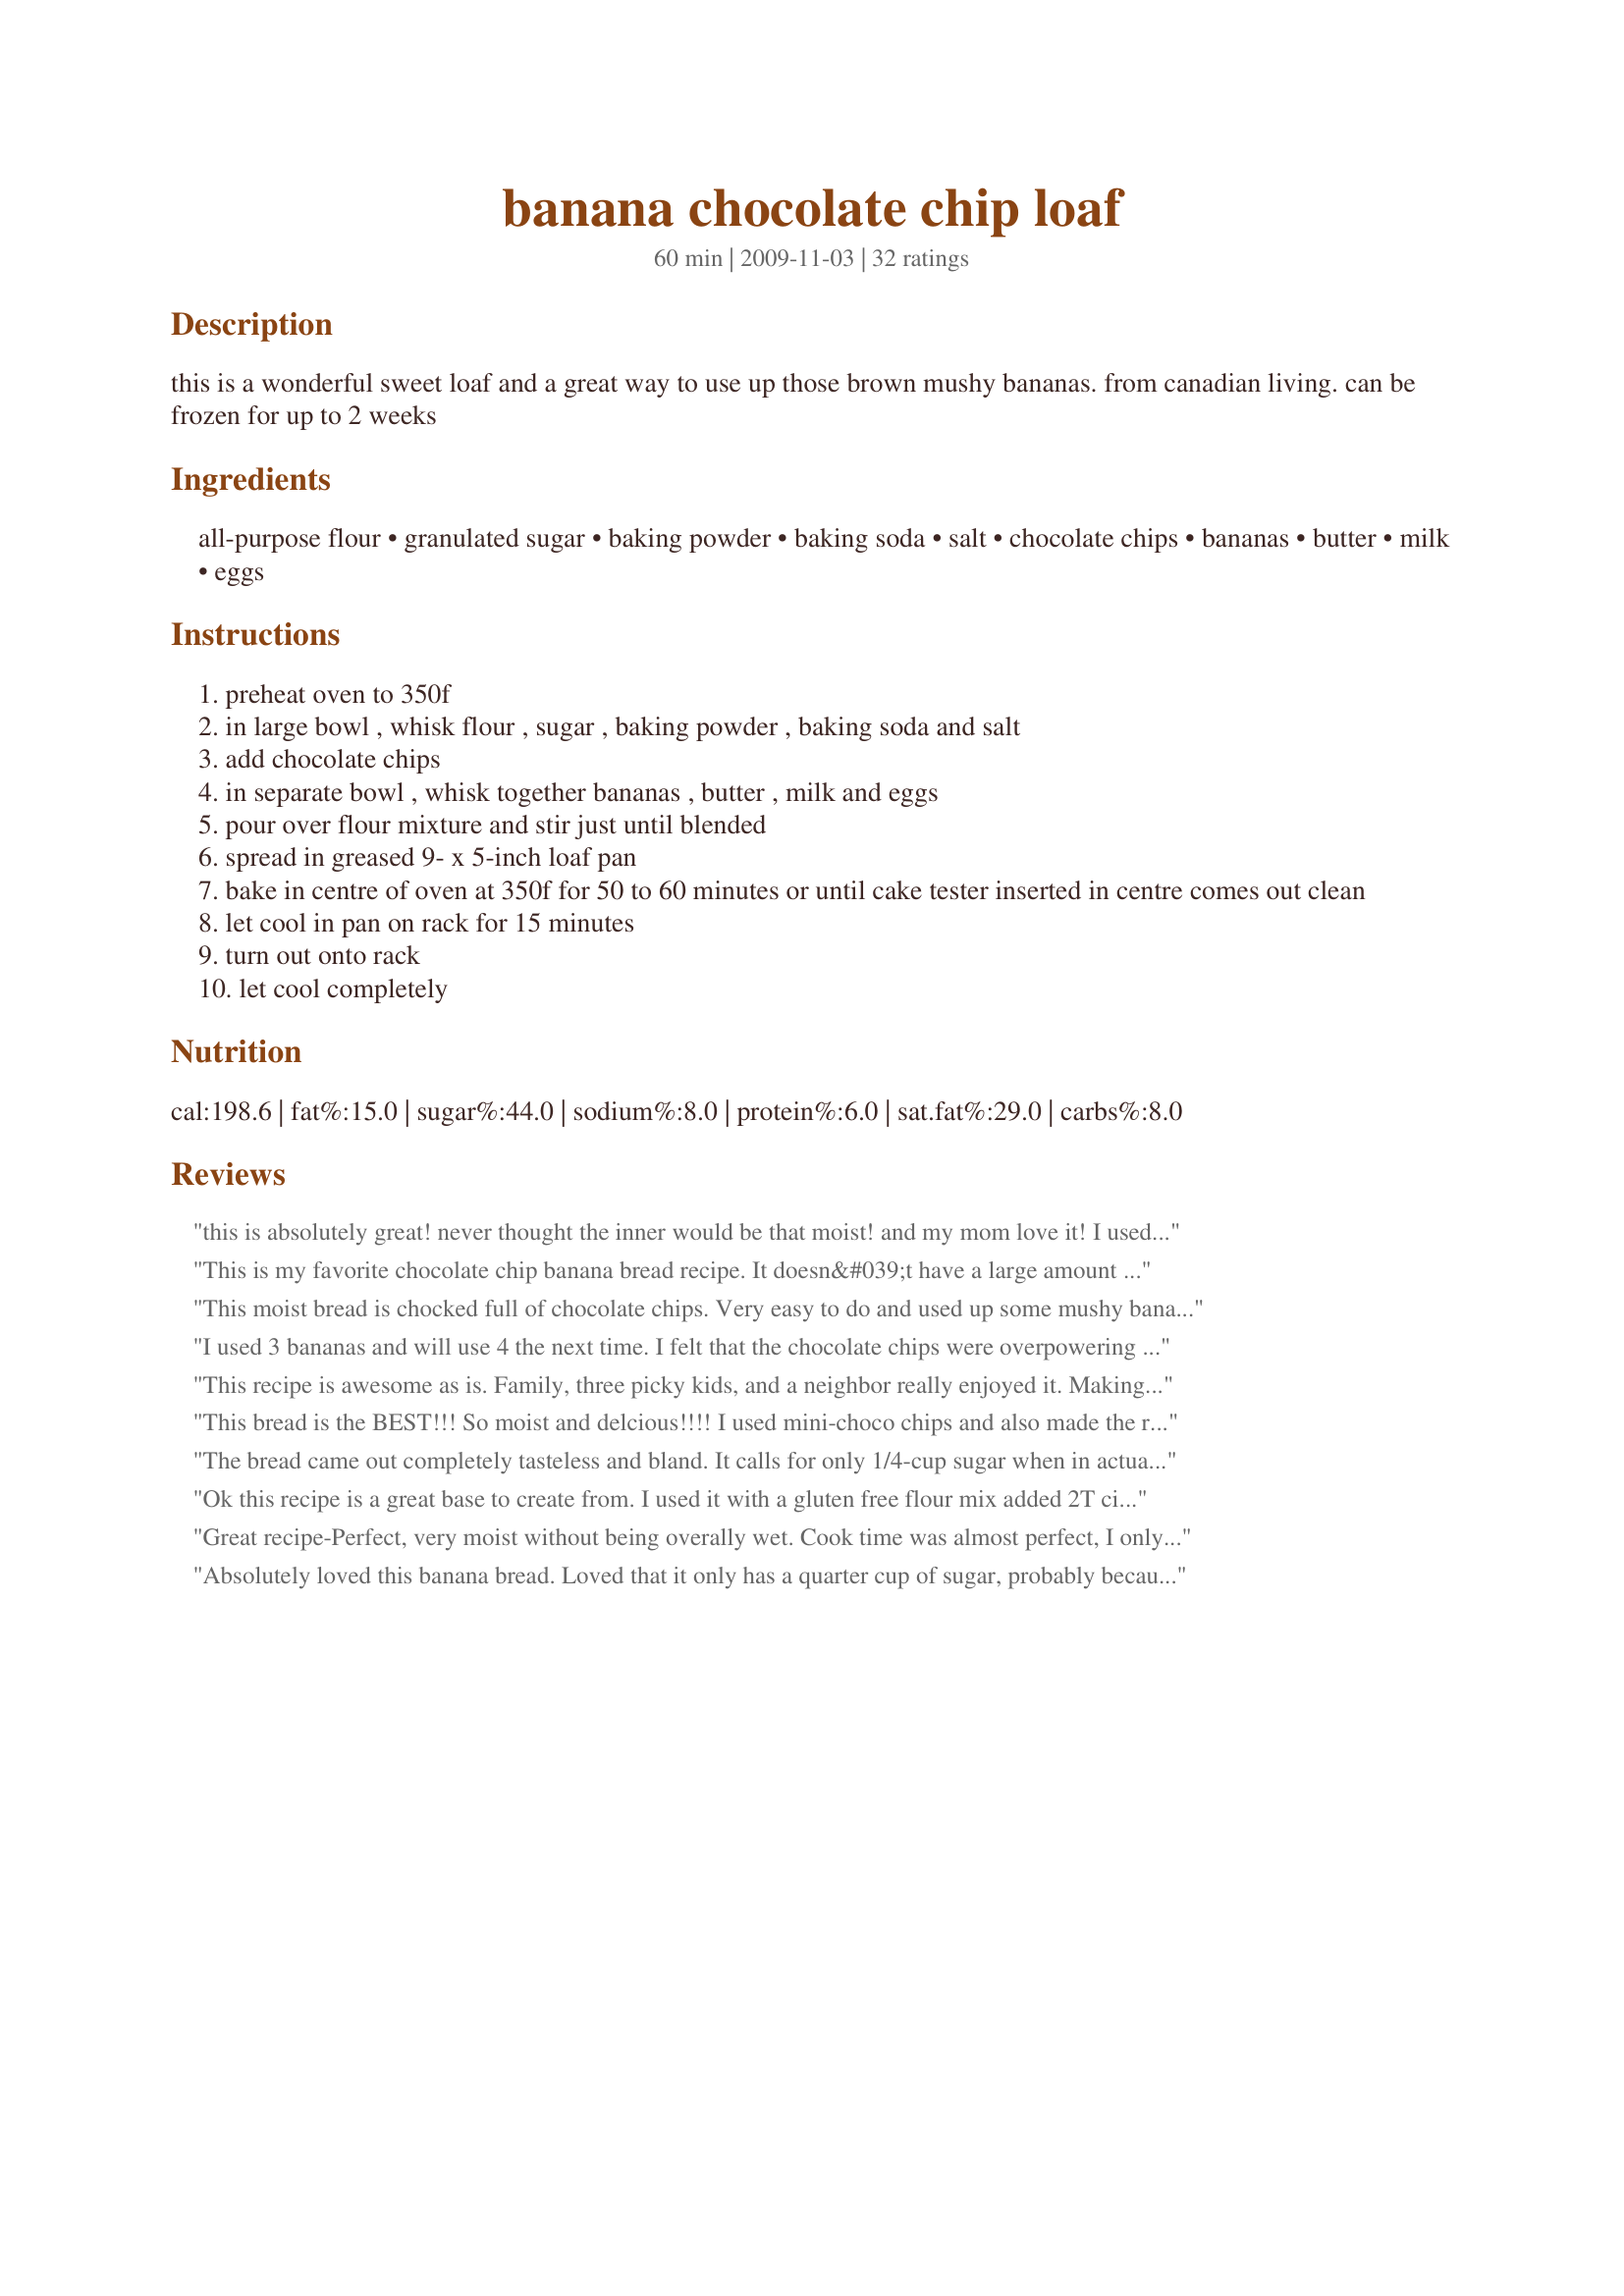
banana chocolate chip loaf
Preparation time: 60 minutes

this is a wonderful sweet loaf and a great way to use up those brown mushy bananas. from canadian living. can be frozen for up to 2 weeks

Ingredients:
all-purpose flour, granulated sugar, baking powder, baking soda, salt, chocolate chips, bananas, butter, milk, eggs

Steps:
preheat oven to 350f
in large bowl , whisk flour , sugar , baking powder , baking soda and salt
add chocolate chips
in separate bowl , whisk together bananas , butter , milk and eggs
pour over flour mixture and stir just until blended
spread in greased 9- x 5-inch loaf pan
bake in centre of oven at 350f for 50 to 60 minutes or until cake tester inserted in centre comes out clean
let cool in pan on rack for 15 minutes
turn out onto rack
let cool completely

Reviews:
this is absolutely great! never thought the inner would be that moist! and my mom love it! I used Ferrero Rocher instead of chocolate chips since it has leftover in the fridge. yummy! C:
This is my favorite chocolate chip banana bread recipe. It doesn&#039;t have a large amount of sugar like other recipes but is still sweet. I can&#039;t figure out how others have said it is not sweet or tasteless as I find it to have plenty of taste. Maybe they didn&#039;t use ripe enough bananas.
This moist bread is chocked full of chocolate chips. Very easy to do and used up some mushy bananas I had at home. Made for Photo Tag.
I used 3 bananas and will use 4 the next time. I felt that the chocolate chips were overpowering and could barely taste the banana. Too, I cooked it for 40 minutes and felt it was a little dry. Must have a pretty strong oven! Tasty loaf though, may add a crumb topping the next time too.
This recipe is awesome as is. Family, three picky kids, and a neighbor really enjoyed it. Making another loaf tomorrow!
This bread is the BEST!!! So moist and delcious!!!! I used mini-choco chips and also made the recipe into 4 mini-loaves. Time for baking was adjusted to just 30 minutes. :-)
The bread came out completely tasteless and bland. It calls for only 1/4-cup sugar when in actuality it needs at least a cup to 1-1/2 cups of sugar! It only calls for 1/2-cups butter but could use 3/4-cups. This way with the extra sugar and butter the best moist texture and flavor will come out. A quarter cup of sugar must be a misprint, because it&#039;s absolutely too little sweetening.
Ok this recipe is a great base to create from. I used it with a gluten free flour mix added 2T cinnamon, 1/8 tsp clove, 1/4 tsp-1/2 salt, 1/4 tsp ginger and walnuts along with choc chips. My kid and hubby and visitors all raved at how great it was. Especially gluten free. I just made it again. It is five stars with the alterations.
Great recipe-Perfect, very moist without being overally wet. Cook time was almost perfect, I only had to add 2 extra minutes.
Absolutely loved this banana bread. Loved that it only has a quarter cup of sugar, probably because I come from the UK where our cakes and biscuits are much less sweet than those we find here in North America.
Would definitely make this again, bread was tasty, not too sweet and slightly moist inside. I did make slight adjustment however. Added 4 bananas (wanted to get rid of old bananas) and vegetable oil instead of melted butter (for ease). <br/>To reduce calories, may consider cutting back on chocolate chip to 3/4cup add 1/2c applesauce reduce vegetable oil to 1/2c next time.
These are great! Very easy recipe, i make these as mini muffins with mini chocolate chips and everyone loves them!
We enjoyed this for a late Sunday brunch; I followed the recipe as written. The loaf was tender and moist on the inside, with a nice crust. I baked mine for approximately 53 minutes, and it was done! Simple and tasty, I'll be pulling this out of my hat again, soon! Thanks for sharing, Deantini.
Awesome recipe! I liked that it had less sugar (yeah, I know, the chocolate chips make up for it ;)) and loved the flavour the extra bananas contributes. Like
Boomette, I had to use more bananas than called for (I doubled the recipe and needed 8 medium bananas to equal 4 cups). Moist and delicious - a real keeper! Do follow the instructions for a 9x5 pan - I used an 8x4 and the bottom of my oven got a taste of it! Thanks, Deantini! Made for Sweet Traditions Tag.
This is a great banana bread recipe! Did a few little tweaks - I buttered the loaf pan then sprinkled it with cinnamon and sugar (a tip I picked up years ago-it adds a little somethin&#039;, somethin&#039; to the outside crust). Sifted the flour ingredients together, then added 1/3 cup chopped walnuts and 2/3 cup of dark chocolate chips. Added 1 tsp vanilla to wet ingredients. **NOTE: I had to use 4 bananas to get 2 cups** Sprinkled a little cinnamon sugar on top before putting in oven. Was done around 55 mins. in our oven. Bread had good crumb inside and had nice crunch to outside. Tasted yummy with a good cup of coffee. Will make again for sure!
I don't usually care much for banana bread UNLESS it's dressed up (as with chocolate chips!), & my other half likes it any ol' way, so this loaf was very well received in our house! I was tempted to add something more, but didn't, & am glad I hesitated, because this banana bread is wonderful just the way the recipe gives it! Thanks for posting a great keeper! [Made & reviewed in Gimme 5 tag]
This load turned out perfect! I subbed applesauce for the butter a no it was still great! Thank you!
I followed this recipe exactly! Perfectly moist and delicious bread was the outcome! The milk really helped keep this bread very moist compared to other banana bread recipes where then tend to crumble a bit after a few days. Thanks for a keeper!
This is a delicious banana chocolate loaf! Very flavorful and simple to make. Thanks for sharing.
This is a good banana bread! I like that it doesn&#039;t use a lot of sugar. I would cut back on the chocolate chips. Maybe to half a cup or 3/4 cups. Over powers the banana a little. Definitely make again.
Delicious! I like that there&#039;s not much sugar in this, the sweetness of the bananas is just right. I used dark chocolate and a little less than called for. I baked mine in 3 ceramic mini loaf pans and it took about 40 minutes. Thanks for sharing a great recipe!
Yum! This is really delish. I made a few changes based on what I had on hand and preference: used 1/4cup vanilla soy milk; used 3/4 cup choco chips (and that still seemed almost too many); used 3 really ripe bananas; and didn't use an entire stick of butter. Baked for 50 minutes and oh how wonderful!! Thanks for sharing.
I really liked this recipe. It's really moist and with lots of banana. I had to use 6 small ripe bananas and it gave me 1 3/4 cup. I used vegetable oil instead of butter. When I'll do it again, I'll omit the sugar since that's sweet enough with the chocolate chips. Thanks Deantini :) Made for Newest Zaar tag
This loaf is barely an hour old and it's half gone! We really like this and the kids love the chocolate chips in particular. I used 2 bananas but I will measure them next time because I think that I didn't quite have enough. Made for Zaar Stars tag game. Thanks Deantini for another great recipe! :)
I&#039;ve been baking for 3 years now and I&#039;ve never been so proud of anything that has come out of my oven. It&#039;s soft, crumbly and delicious without being too sweet. I love love love this recipe. I&#039;ve had a lot of banana bread over the years and this one is hands down the best. Because my oven is really hot I did 40 minutes and it was AOH!
If you follow the recipe as it&#039;s written it&#039;s very disappointing. I made it exactly as it&#039;s posted. It turned out so bland that I ate the chocolate chips out of my slice and threw the rest away. My 8 year old and 10 year old were not impressed either. The only reason this is a 5 star recipe is because of people making changes to the recipe and then rating it based on their changes. I wouldn&#039;t make this again.
Blew me away! I baked this as a thank you to my physiotherapist and she shared it with the rest of the staff. All I had was a small corner and she had the same because the staff went bananas over it! I have to say that I, hmmm, modified the recipe a bit.&lt;br/&gt;I just put in 3 med. ripe bananas and didn&#039;t measure it. Next I put 3 different type of chocolate chips in. 1/3 cup normal chocolate , 1/3 butterscotch and 1/3 white chips.&lt;br/&gt;Then, while I was mixing the dry &amp; wet together it dawned on me that I forgot the milk!! Arrggghh!!!! I checked the fridge and no milk!!!! Awww nawww!!!! So I settled for 10% cream instead and blended it all in. All this put me behind in my time so I had to rush the cooking and cranked the oven up to 375F for 35 to 40 mins instead. At 38 mins the toothpick was clear and out it came.&lt;br/&gt;I got alot of glances, stares and looks when I returned. They didn&#039;t believe me that I baked it. They thought my wife had done it. Tonight I&#039;m baking 2 loaves to bring in tomorrow.&lt;br/&gt;A great, simple recipe. Nice and moist with good body. &lt;br/&gt;Many thanks to Deantini ;-)
This is by far my favorite banana bread recipe. Everyone loved it! Best straight out of the oven. No adjustments needed.
Oh so yummy!!! I made 1/2 of the recipe in my mini loaf pan, which is 1/2 the size of my normal loaf pan. I filled that 2/3's full and still had some leftover batter, so once the full loaf was cooked and cooling, I put the rest of the batter into the pan and made that as a small/tiny loaf for my breakfast, which was wonderful eaten still warm!! I froze the mini loaf to serve for Easter morning. Thanks for sharing your recipe. Made for Stars Tag.
Worst recipe ever. Bread tasteless, no sweetness at all. I wonder if the 1/4 c sugar is a mistake. Every other recipe I looked at called for at least 1 cup. Would never make this again, and have to throw the one I did make away.
This recipe is fabulous and simple, with almost all of the ingredients available at home without making a trip to the grocery store . The only thing I changed was that I added one tablespoon of cinnamon and two teaspoons of vanilla extract. Delicious!!!!
I tried it and this is fabulous!! I added 1/4 cup choc chips. It's moist and absolutely delicious. It's a keeper. Thank you for sharing.
